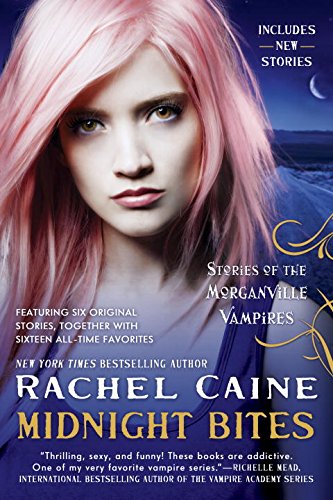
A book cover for Midnight Bites: Stories of the Morganville Vampires; Rachel Caine; Teen & Young Adult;